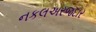
નકલઅરજદાર